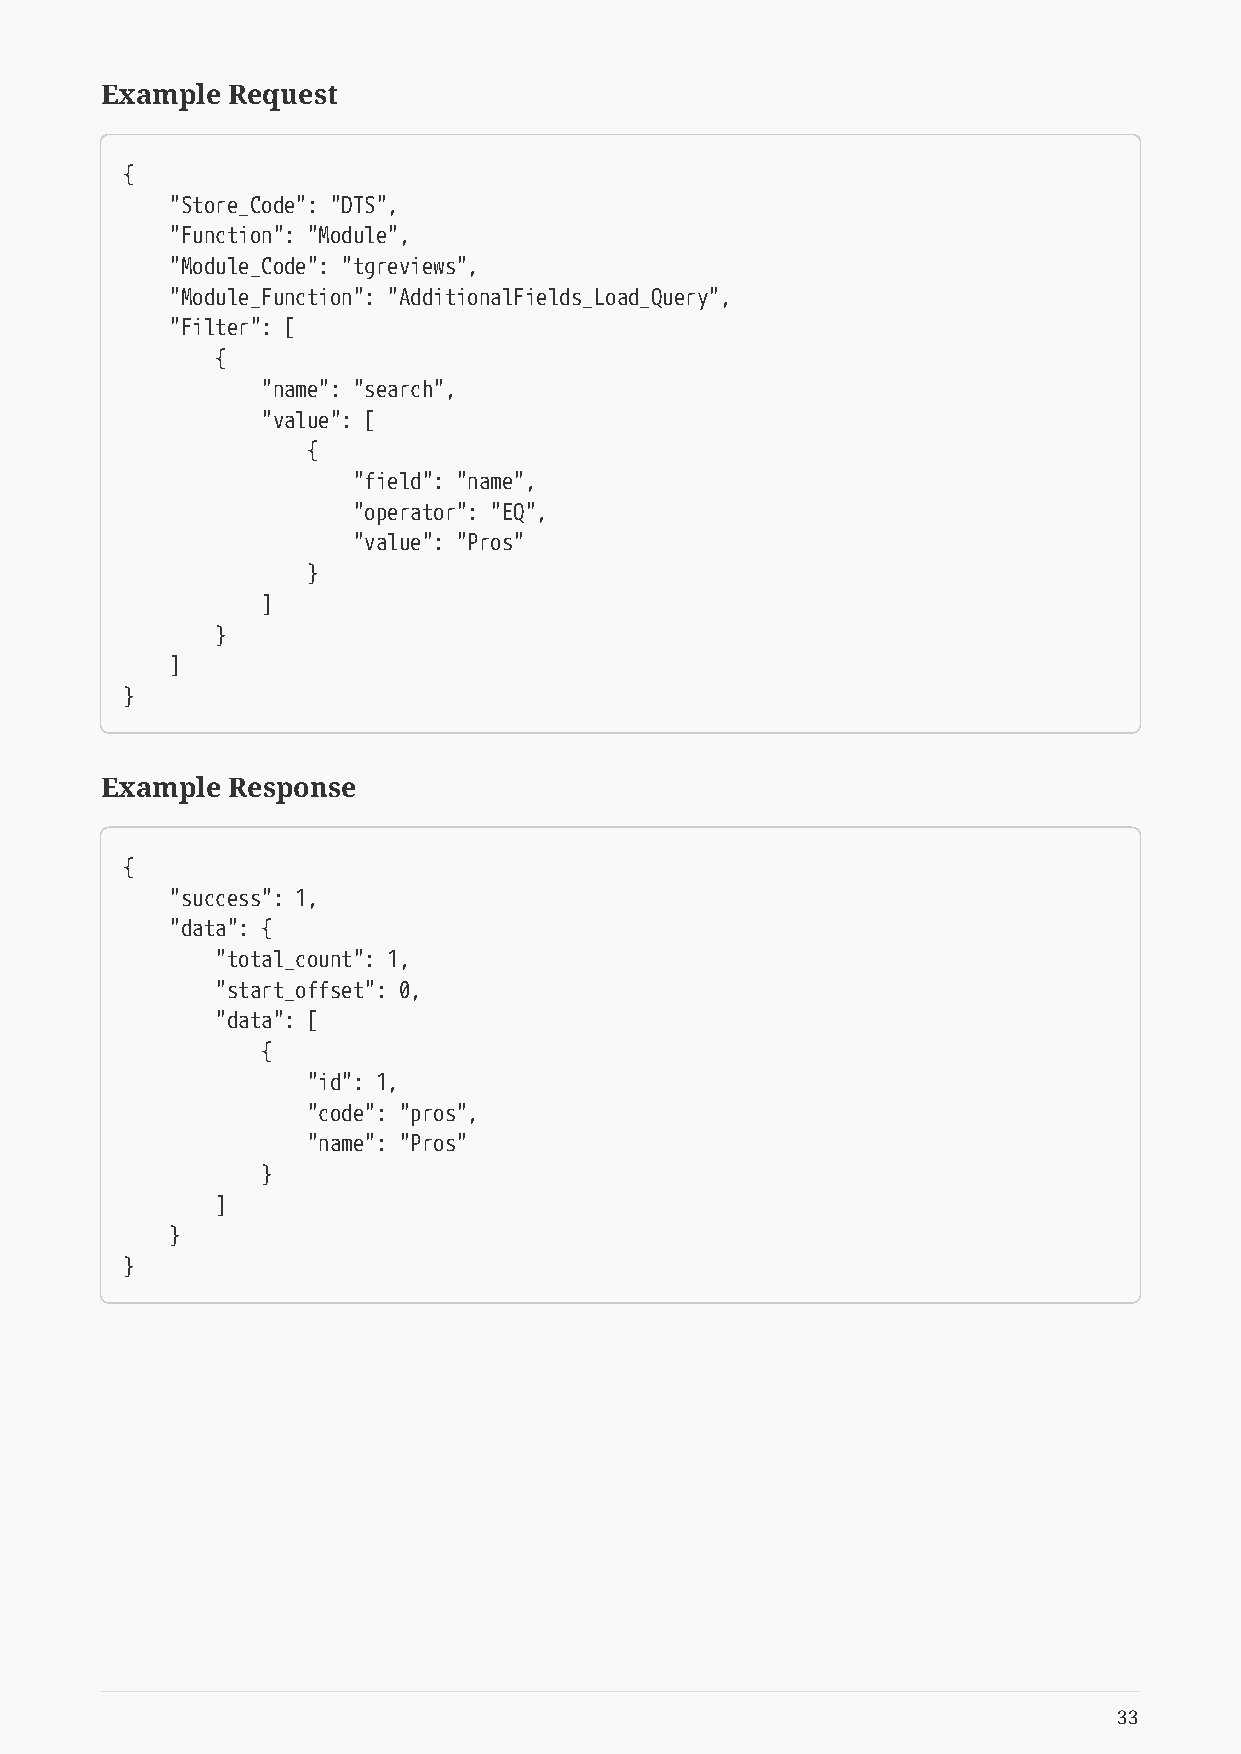
Example Request
 {
 "Store_Code": "DTS",
 "Function": "Module",
 "Module_Code": "tgreviews",
 "Module_Function": "AdditionalFields_Load_Query",
 "Filter": [
 {
 "name": "search",
 "value": [
 {
 "field": "name",
 "operator": "EQ",
 "value": "Pros"
 }
 ]
 }
 ]
 }
 Example Response
 {
 "success": 1,
 "data": {
 "total_count": 1,
 "start_offset": 0,
 "data": [
 {
 "id": 1,
 "code": "pros",
 "name": "Pros"
 }
 ]
 }
 }
 33